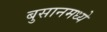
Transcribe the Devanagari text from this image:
बुसानमध्ये